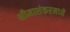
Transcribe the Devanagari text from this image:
भीमाशंकरमध्ये